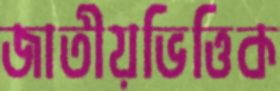
জাতীয়ভিত্তিক